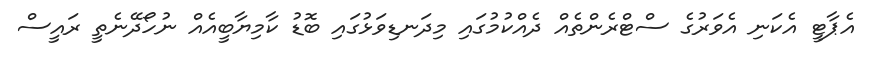
އެޕާޓީ އެކަނި އެވަރުގެ ސްޓްރެންތެއް ދެއްކުމުގައި މިދަނޑިވަޅުގައި ބޮޑު ކާމިޔާބީއެއް ނުހޯދޭނެތީ ރައީސް